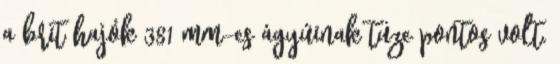
a brit hajók 381 mm-es ágyúinak tüze pontos volt.